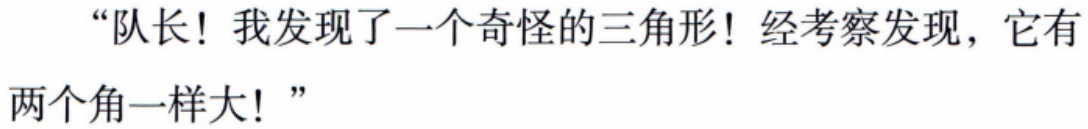
“队长！我发现了一个奇怪的三角形！经考察发现，它有两个角一样大！”